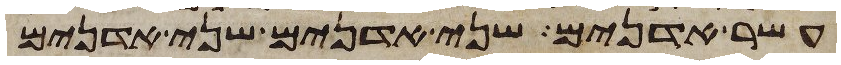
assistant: עשר אדנים שני אדנים שני אדנים